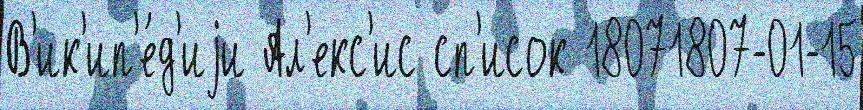
В'ик'ип'е́д'иjи Ал'екс'ис сп'исок 18071807-01-15